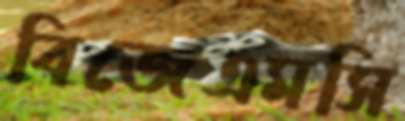
বিজেএমসি